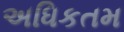
અધિકતમ